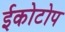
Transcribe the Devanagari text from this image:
ईकोटोप